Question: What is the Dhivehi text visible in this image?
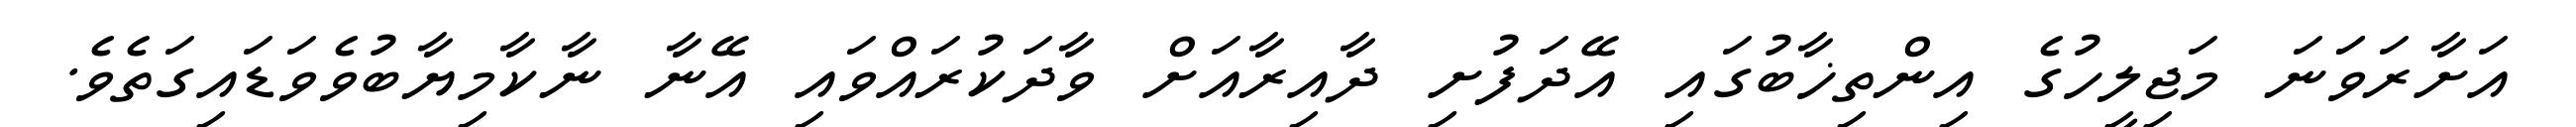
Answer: އަށާރަވަަނަ މަޖިލީހުގެ އިންތިޚާބުގައި އޭދަފުށި ދާއިރާއަށް ވާދަކުރައްވައި އޭނާ ނާކާމިޔާބުވެވަޑައިގަތެވެ.